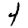
Digit: 4